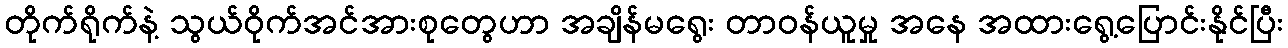
တိုက်ရိုက်နဲ့ သွယ်ဝိုက်အင်အားစုတွေဟာ အချိန်မရွေး တာဝန်ယူမှု အနေ အထားရွေ့ပြောင်းနိုင်ပြီး